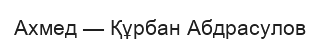
Ахмед — Құрбан Абдрасулов